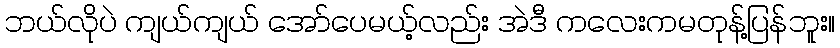
ဘယ်လိုပဲ ကျယ်ကျယ် အော်ပေမယ့်လည်း အဲဒီ ကလေးကမတုန့်ပြန်ဘူး။